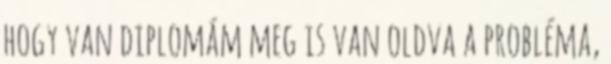
hogy van diplomám meg is van oldva a probléma,